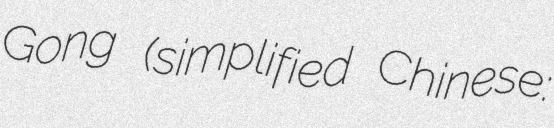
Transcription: Gong (simplified Chinese: